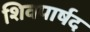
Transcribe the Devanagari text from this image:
शिवपार्षद